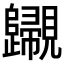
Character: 𧢫